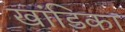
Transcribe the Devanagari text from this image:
खांडिका